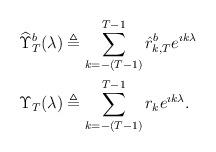
LaTeX: \begin{align*}\widehat \Upsilon^b_T(\lambda) &\triangleq \sum_{k=-(T-1)}^{T-1} \hat{r}_{k,T}^b e^{\imath k \lambda} \\\Upsilon_T(\lambda) &\triangleq \sum_{k=-(T-1)}^{T-1} r_k e^{\imath k \lambda}.\end{align*}